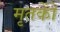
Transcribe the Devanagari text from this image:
मृतकोें